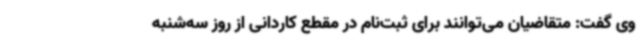
وی گفت: متقاضیان می‌توانند برای ثبت‌نام در مقطع کاردانی از روز سه‌شنبه